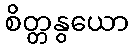
စိတ္တနွယော